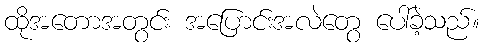
ထိုအတောအတွင်း အပြောင်းအလဲတွေ ပေါ်ခဲ့သည်။